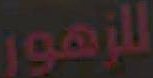
للزهور